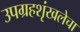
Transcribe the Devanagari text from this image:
उपग्रहशृंखलेचा